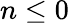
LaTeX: n\leq 0